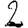
Digit: 2